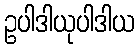
ဥပါဒါယုပါဒါယ